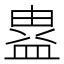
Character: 𭾉